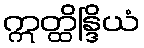
ဣတ္ထိန္ဒြိယံ